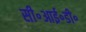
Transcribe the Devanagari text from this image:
सी॰आई॰डी॰